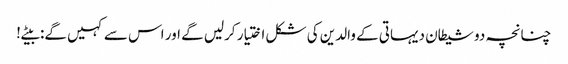
چنانچہ دو شیطان دیہاتی کے والدین کی شکل اختیار کرلیں گے اور اس سے کہیں گے: بیٹے!